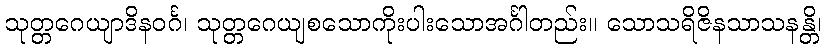
သုတ္တဂေယျာဒိနဝင်္ဂ၊ သုတ္တဂေယျစသောကိုးပါးသောအင်္ဂါတည်း။ သောသရိဇိနသာသနန္တိ၊